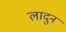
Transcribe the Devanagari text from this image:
लादुन